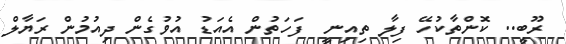
ރޫބީ.. ކޮންތާކުހޭ ފިލާ ތިއިނީ  ފަހަތުން އެއަޑު އުވުގެން ދިއުމުން ރަޔާލް